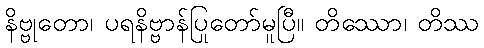
နိဗ္ဗုတော၊ ပရနိဗ္ဗာန်ပြုတော်မူပြီ။ တိဿော၊ တိဿ